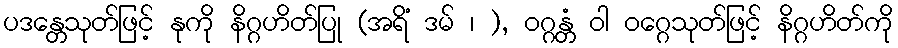
ပဒန္တေသုတ်ဖြင့် နုကို နိဂ္ဂဟိတ်ပြု (အရိံ ဒမ် ၊ ), ဝဂ္ဂန္တံ ဝါ ဝဂ္ဂေသုတ်ဖြင့် နိဂ္ဂဟိတ်ကို